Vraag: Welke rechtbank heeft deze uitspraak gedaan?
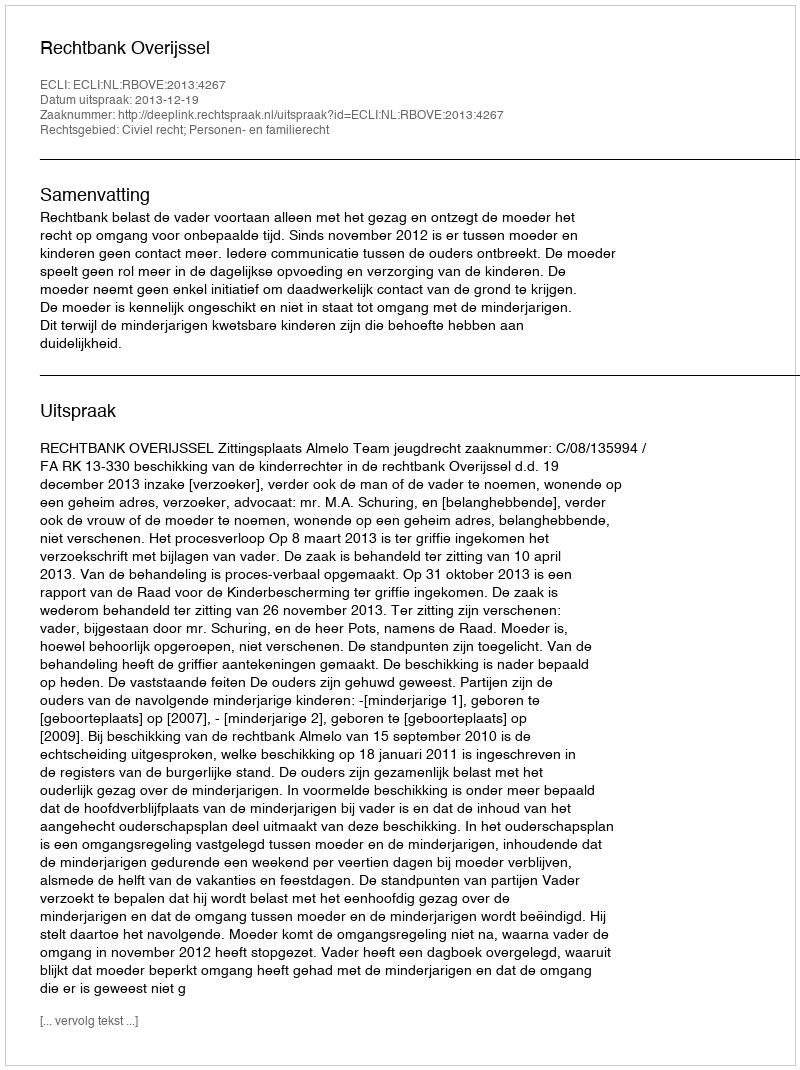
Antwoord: Rechtbank Overijssel